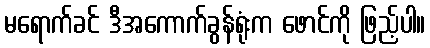
မရောက်ခင် ဒီအကောက်ခွန်ရုံးက ဖောင်ကို ဖြည့်ပါ။